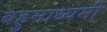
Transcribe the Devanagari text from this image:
बहुमाध्यमी